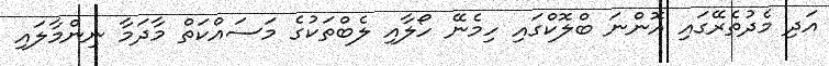
އަދި މެދުތެރޭގައި އޮންނަ ބްލޮކްގައި ހިމެނޭ ހޯލާއި ލެބްތަކުގެ މަސައްކަތް މާދަމާ ނިންމާލައި